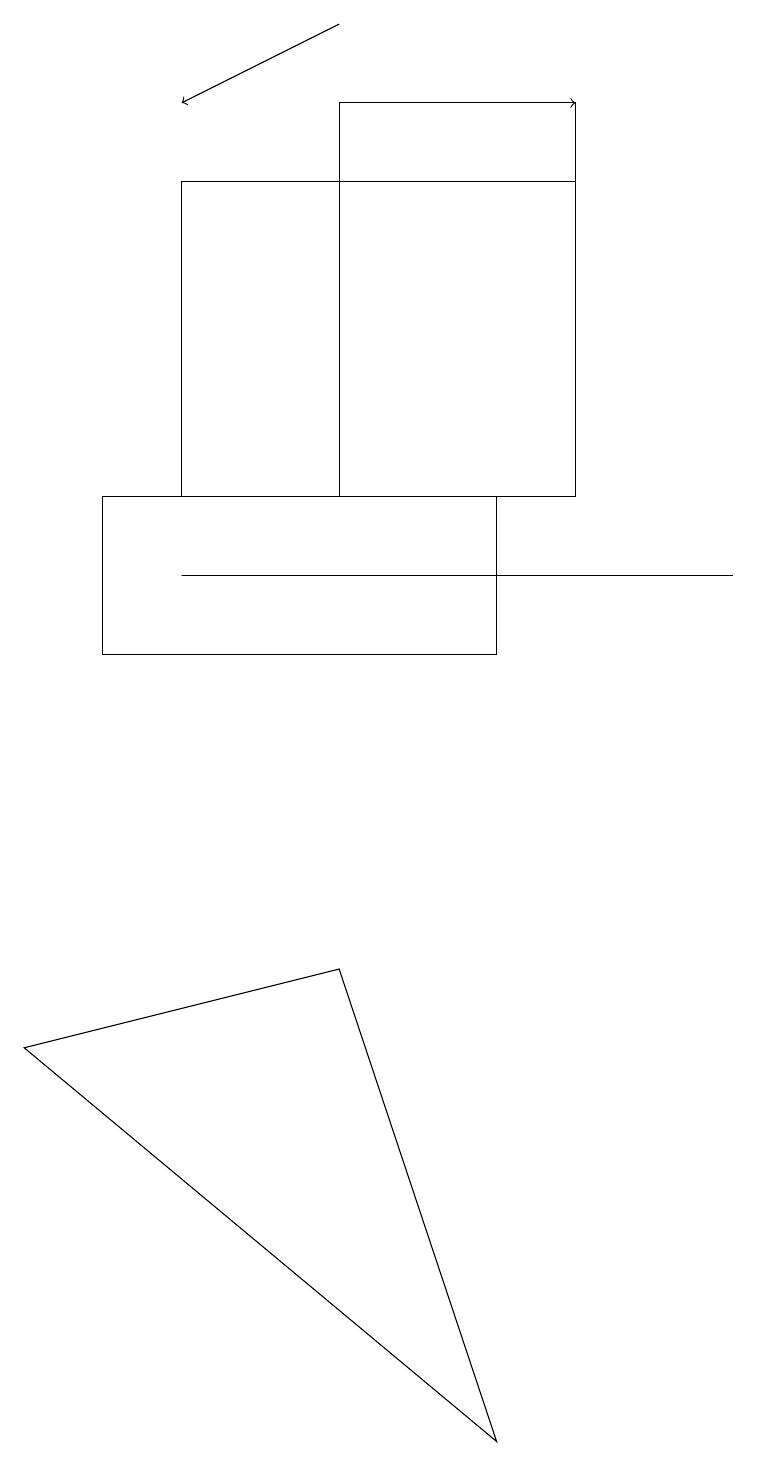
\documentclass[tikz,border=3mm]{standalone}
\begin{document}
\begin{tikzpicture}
\draw (9,11) rectangle (2,11);
\draw[->] (4,18) -- (2,17);
\draw[->] (6,17) -- (7,17);
\draw (2,12) rectangle (7,16);
\draw (1,12) rectangle (6,10);
\draw (6,0) -- (0,5) -- (4,6) -- cycle;
\draw (7,12) rectangle (4,17);
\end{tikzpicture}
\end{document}